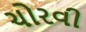
ચોરવી